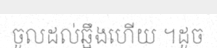
ចូលដល់ឆ្អឹងហើយ ។ដូច